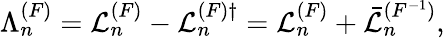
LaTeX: \Lambda_{n}^{(F)}={\cal L}_{n}^{(F)}-{\cal L}_{n}^{(F)\dagger}={\cal L}_{n}^{(F)}+\bar{\cal L}_{n}^{(F^{-1})},